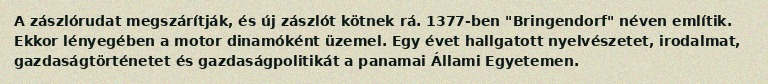
A zászlórudat megszárítják, és új zászlót kötnek rá. 1377-ben "Bringendorf" néven említik. Ekkor lényegében a motor dinamóként üzemel. Egy évet hallgatott nyelvészetet, irodalmat, gazdaságtörténetet és gazdaságpolitikát a panamai Állami Egyetemen.